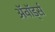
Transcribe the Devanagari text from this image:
अॅवॉर्ड्स